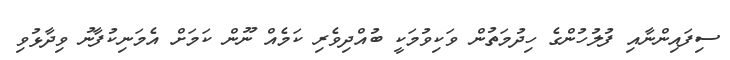
ސިފައިންނާއި ފުލުހުންގެ ހިދުމަތުން ވަކިވުމަކީ ބުއްދިވެރި ކަމެއް ނޫން ކަމަށް އެމަނިކުފާނު ވިދާޅުވި